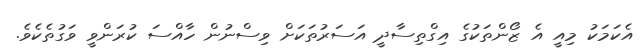
އެކަމަކު މިއީ އެ ޒޯންތަކުގެ އިގްތިސާދީ އަސަރުތަކަށް ވިސްނުން ހާއްސަ ކުރަންވީ ވަގުތެކެވެ.